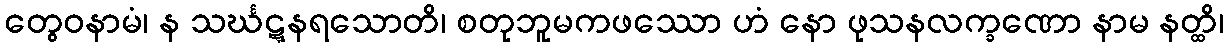
တွေဝနာမံ၊ န သင်္ဃဋ္ဋနရသောတိ၊ စတုဘူမကဖဿော ဟံ နော ဖုသနလက္ခဏော နာမ နတ္ထိ၊